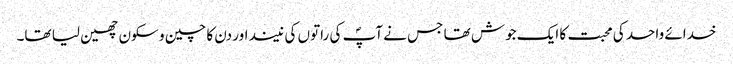
خدائے واحد کی محبت کا ایک جوش تھا جس نے آپؐ کی راتوں کی نیند اور دن کا چین و سکون چھین لیا تھا۔